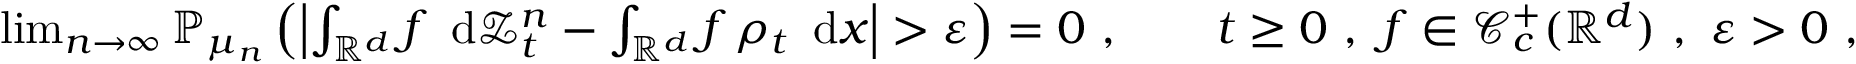
\begin{array} { r } { \operatorname* { l i m } _ { n \to \infty } { \mathbb P } _ { \mu _ { n } } \left( \left| \int _ { { \mathbb R } ^ { d } } f \, \mathrm { \normalfont ~ d } \ensuremath { \mathcal Z } _ { t } ^ { n } - \int _ { { \mathbb R } ^ { d } } f \, \rho _ { t } \, \mathrm { \normalfont ~ d } x \right| > \varepsilon \right) = 0 \ , \qquad t \ge 0 \ , \ f \in \ensuremath { \mathcal C } _ { c } ^ { + } ( { \mathbb R } ^ { d } ) \ , \ \varepsilon > 0 \ , } \end{array}